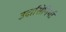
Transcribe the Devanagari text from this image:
उदासिनियों